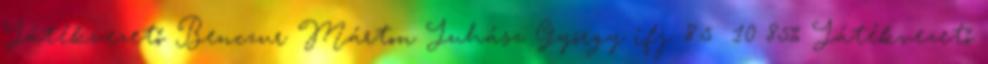
Játékvezető Benczur Márton Juhász György ifj. 8.5 10 85% Játékvezető